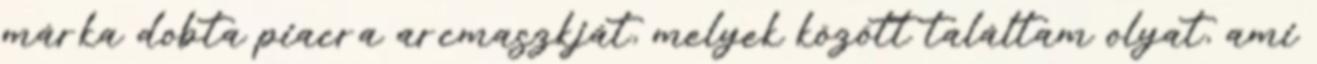
márka dobta piacra arcmaszkját, melyek között találtam olyat, ami